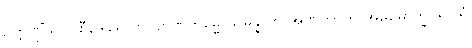
ဥက္ကဏ္ဌိံသု ပါစီနဒွါရေ ကလျာဏကမ္မေ သမ္ပန္နာတိ အဏုကာတိ အဓိမောက္ခပရိဝါရံ